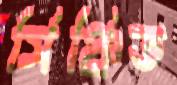
সিঞ্চিত